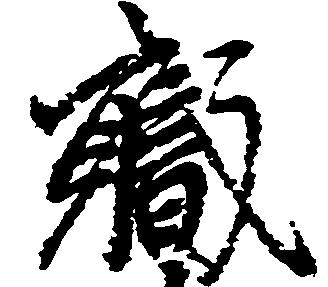
職